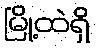
မြို့ထဲရှိ